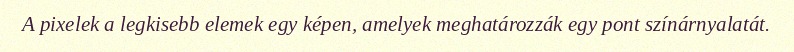
A pixelek a legkisebb elemek egy képen, amelyek meghatározzák egy pont színárnyalatát.